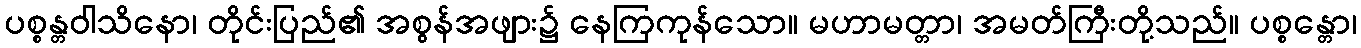
ပစ္စန္တဝါသိနော၊ တိုင်းပြည်၏ အစွန်အဖျား၌ နေကြကုန်သော။ မဟာမတ္တာ၊ အမတ်ကြီးတို့သည်။ ပစ္စန္တော၊